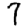
Digit: 7